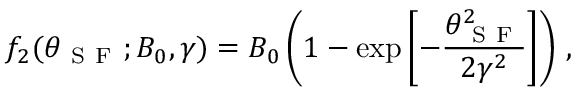
f _ { 2 } ( \theta _ { \mathrm { ~ S ~ F ~ } } ; B _ { 0 } , \gamma ) = B _ { 0 } \left( 1 - \exp { \left[ - \frac { \theta _ { \mathrm { ~ S ~ F ~ } } ^ { 2 } } { 2 { \gamma } ^ { 2 } } \right] } \right) \, ,